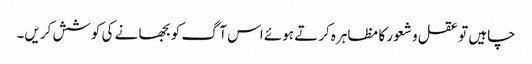
چاہیں تو عقل و شعور کا مظاہرہ کرتے ہوئے اس آگ کو بجھا نے کی کوشش کریں۔